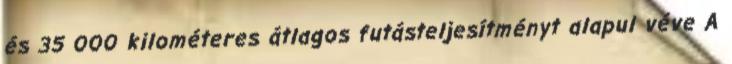
és 35 000 kilométeres átlagos futásteljesítményt alapul véve A